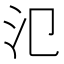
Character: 氾